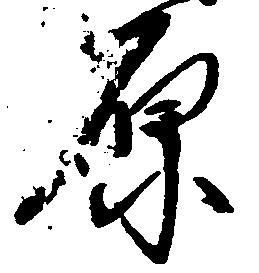
原